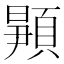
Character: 𬱉